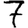
Digit: 7